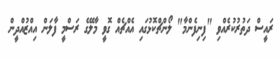
ރައީސް ދަތުރުކުރެއްވި "ފިނިފެންމާ" ލޯންޗްކޮޅުގައި އެއްޗެއް ގޮވީ މާލޭގެ ރަސްމީ ފާލަން އިއްޒުއްދީން